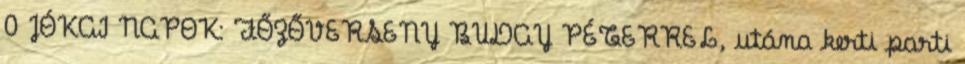
0 JÓKAI NAPOK: FŐZŐVERSENY BUDAY PÉTERREL, utána kerti parti